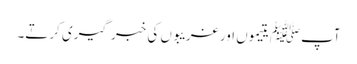
آپﷺ یتیموں اور غریبوں کی خبر گیری کرتے۔